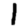
Digit: 1